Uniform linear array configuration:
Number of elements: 24
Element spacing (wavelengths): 0.5
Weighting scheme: blackman
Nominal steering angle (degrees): -60
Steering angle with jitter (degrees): -59.454
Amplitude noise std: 0.05
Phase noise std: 0.05

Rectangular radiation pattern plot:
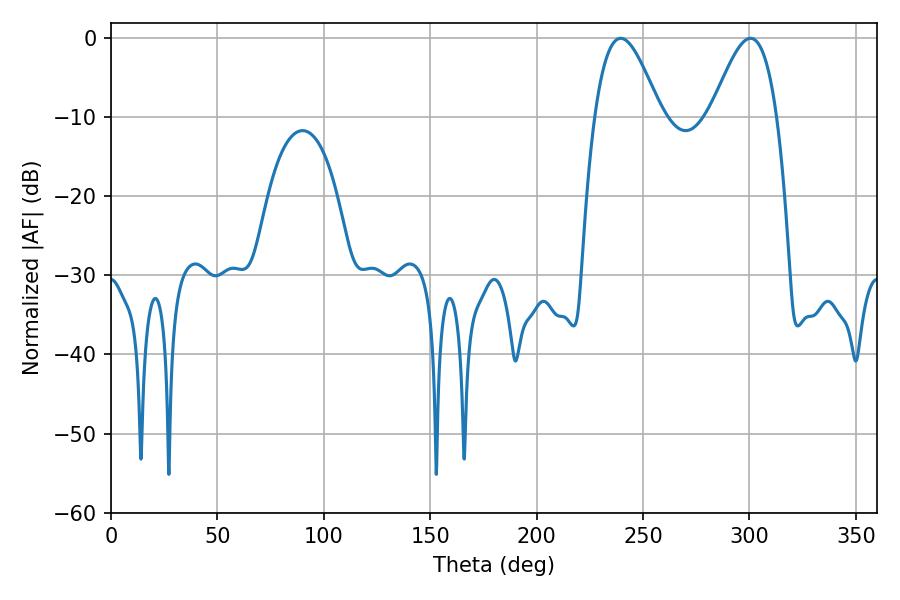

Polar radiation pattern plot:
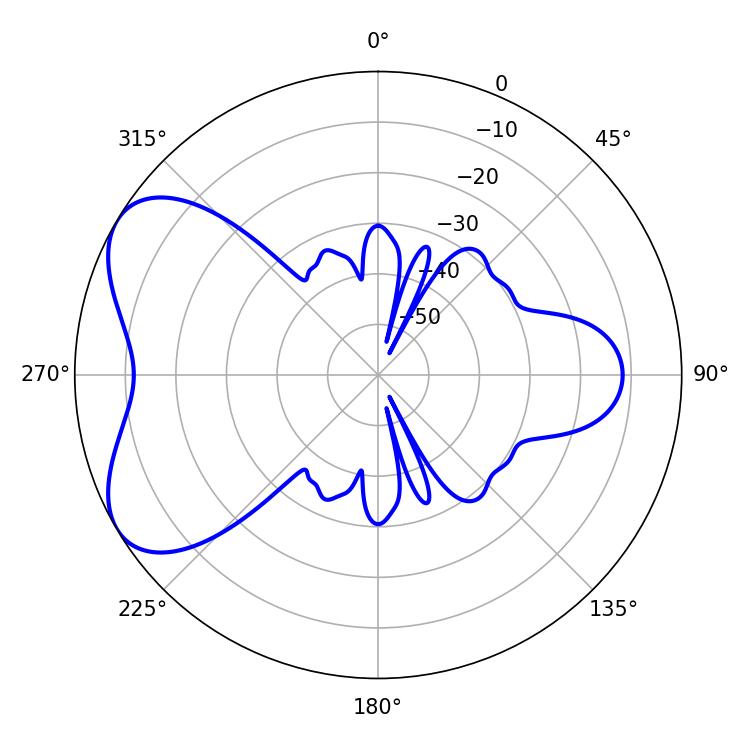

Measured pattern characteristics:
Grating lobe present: FALSE
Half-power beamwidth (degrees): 16.74
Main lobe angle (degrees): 239.58